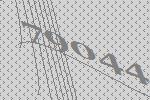
79044